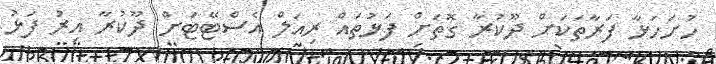
ހުށަހަޅާ ފަރާތަކަށް ދޫކުރާ ގޮތަށް ފަޅުތައް ރިއަލް އެސްޓޭޓަށް ދޫކުރާ އިރު ފަޅު